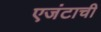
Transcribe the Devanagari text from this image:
एजंटाची